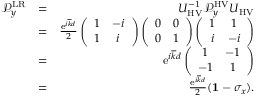
\begin{array} { r l r } { \mathcal { P } _ { y } ^ { \mathrm { L R } } } & { = } & { U _ { \mathrm { H V } } ^ { - 1 } \mathcal { P } _ { y } ^ { \mathrm { H V } } U _ { \mathrm { H V } } } \\ & { = } & { \frac { \mathrm { e } ^ { i \overline { { k } } d } } { 2 } \left( \begin{array} { c c } { 1 } & { - i } \\ { 1 } & { i } \end{array} \right) \left( \begin{array} { c c } { 0 } & { 0 } \\ { 0 } & { 1 } \end{array} \right) \left( \begin{array} { c c } { 1 } & { 1 } \\ { i } & { - i } \end{array} \right) } \\ & { = } & { \mathrm { e } ^ { i \overline { { k } } d } \left( \begin{array} { c c } { 1 } & { - 1 } \\ { - 1 } & { 1 } \end{array} \right) } \\ & { = } & { \frac { \mathrm { e } ^ { i \overline { { k } } d } } { 2 } ( { \bf 1 } - \sigma _ { x } ) . } \end{array}